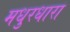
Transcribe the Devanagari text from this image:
मधुरधारा